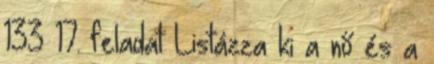
133 17. feladat Listázza ki a nő és a